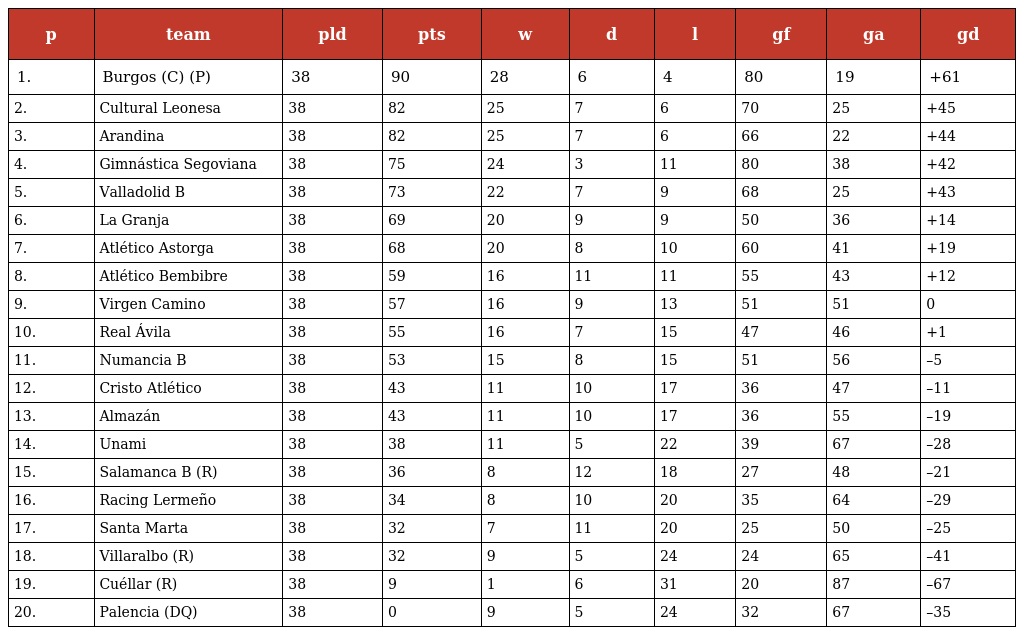
| p | team | pld | pts | w | d | l | gf | ga | gd |
 | --- | --- | --- | --- | --- | --- | --- | --- | --- | --- |
 | 1. | Burgos (C) (P) | 38 | 90 | 28 | 6 | 4 | 80 | 19 | +61 |
 | 2. | Cultural Leonesa | 38 | 82 | 25 | 7 | 6 | 70 | 25 | +45 |
 | 3. | Arandina | 38 | 82 | 25 | 7 | 6 | 66 | 22 | +44 |
 | 4. | Gimnástica Segoviana | 38 | 75 | 24 | 3 | 11 | 80 | 38 | +42 |
 | 5. | Valladolid B | 38 | 73 | 22 | 7 | 9 | 68 | 25 | +43 |
 | 6. | La Granja | 38 | 69 | 20 | 9 | 9 | 50 | 36 | +14 |
 | 7. | Atlético Astorga | 38 | 68 | 20 | 8 | 10 | 60 | 41 | +19 |
 | 8. | Atlético Bembibre | 38 | 59 | 16 | 11 | 11 | 55 | 43 | +12 |
 | 9. | Virgen Camino | 38 | 57 | 16 | 9 | 13 | 51 | 51 | 0 |
 | 10. | Real Ávila | 38 | 55 | 16 | 7 | 15 | 47 | 46 | +1 |
 | 11. | Numancia B | 38 | 53 | 15 | 8 | 15 | 51 | 56 | –5 |
 | 12. | Cristo Atlético | 38 | 43 | 11 | 10 | 17 | 36 | 47 | –11 |
 | 13. | Almazán | 38 | 43 | 11 | 10 | 17 | 36 | 55 | –19 |
 | 14. | Unami | 38 | 38 | 11 | 5 | 22 | 39 | 67 | –28 |
 | 15. | Salamanca B (R) | 38 | 36 | 8 | 12 | 18 | 27 | 48 | –21 |
 | 16. | Racing Lermeño | 38 | 34 | 8 | 10 | 20 | 35 | 64 | –29 |
 | 17. | Santa Marta | 38 | 32 | 7 | 11 | 20 | 25 | 50 | –25 |
 | 18. | Villaralbo (R) | 38 | 32 | 9 | 5 | 24 | 24 | 65 | –41 |
 | 19. | Cuéllar (R) | 38 | 9 | 1 | 6 | 31 | 20 | 87 | –67 |
 | 20. | Palencia (DQ) | 38 | 0 | 9 | 5 | 24 | 32 | 67 | –35 |